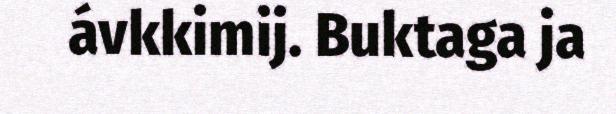
ávkkimij. Buktaga ja